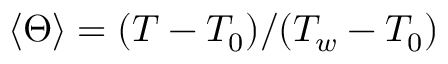
\left< \Theta \right> = ( T - T _ { 0 } ) / ( T _ { w } - T _ { 0 } )